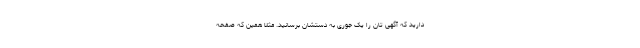
دارید که آگهی تان را یک جوری به دستشان برسانید. مثلا همین که صفحه